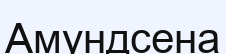
Амундсена